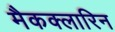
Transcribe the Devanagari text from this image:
मैकक्लारिन